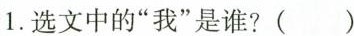
1.选文中的“我”是谁?()